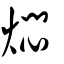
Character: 燜